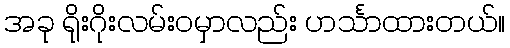
အခု ရိုးဂိုးလမ်းဝမှာလည်း ဟင်္သာထားတယ်။